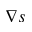
\nabla s